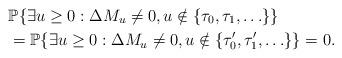
LaTeX: \begin{align*} & \mathbb P\{\exists u\geq 0: \Delta M_u\neq 0, u\notin\{\tau_0,\tau_1,\ldots\}\} \\ &= \mathbb P\{\exists u\geq 0: \Delta M_u\neq 0, u\notin\{\tau'_0,\tau'_1,\ldots\}\} = 0.\end{align*}